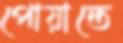
পোয়ান্তে